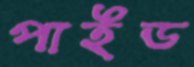
পাইড